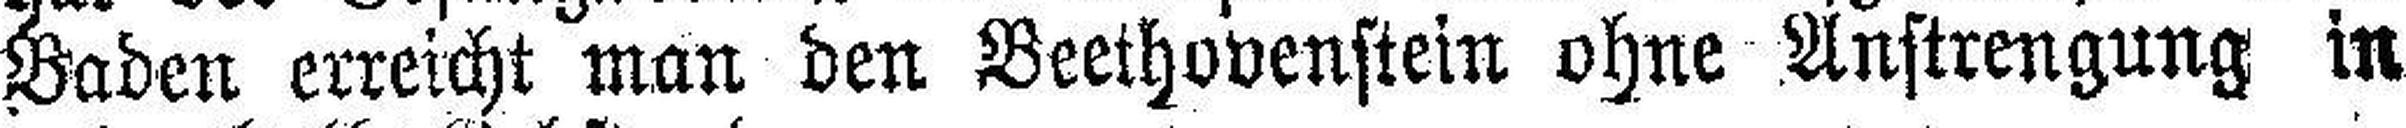
Baden erreicht man den Beethovenstein ohne Anstrengung in